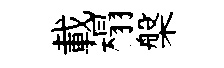
載榻槃